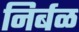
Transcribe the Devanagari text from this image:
निर्बळ